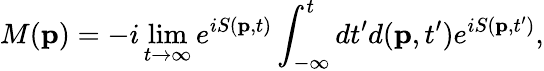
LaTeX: M(\mathbf{p})=-i\operatorname*{lim}_{t\to\infty}e^{iS(\mathbf{p},t)}\int_{-\infty}^{t}dt^{\prime}d(\mathbf{p},t^{\prime})e^{iS(\mathbf{p},t^{\prime})},